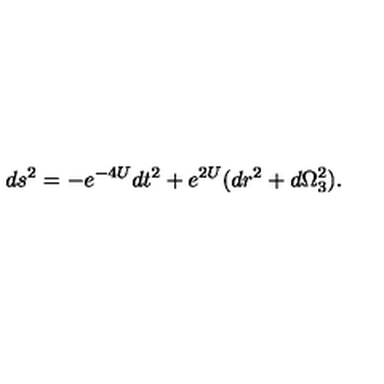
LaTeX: d s ^ { 2 } = - e ^ { - 4 U } d t ^ { 2 } + e ^ { 2 U } ( d r ^ { 2 } + d \Omega _ { 3 } ^ { 2 } ) .